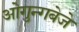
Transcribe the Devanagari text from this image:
ओगुन्गबेजे